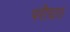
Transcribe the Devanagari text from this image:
परीघात